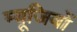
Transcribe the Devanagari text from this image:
म्यूजियों